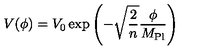
V ( \phi ) = V _ { 0 } \exp \left( - \sqrt { \frac { 2 } { n } } \frac { \phi } { M _ { \mathrm { P l } } } \right)